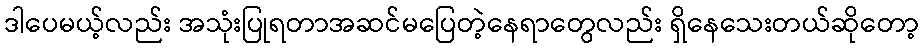
ဒါပေမယ့်လည်း အသုံးပြုရတာအဆင်မပြေတဲ့နေရာတွေလည်း ရှိနေသေးတယ်ဆိုတော့